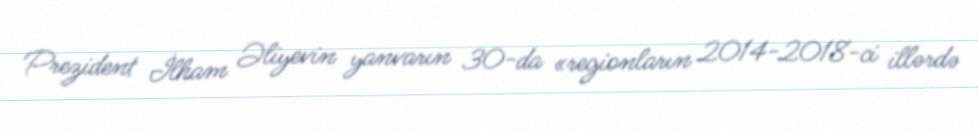
Prezident İlham Əliyevin yanvarın 30-da «regionların 2014-2018-ci illərdə